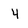
Character: 4